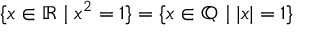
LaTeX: \{ x \in \mathbb { R } \mid x ^ { 2 } = 1 \} = \{ x \in \mathbb { Q } \mid | x | = 1 \}